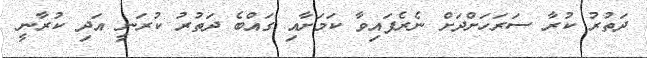
ދަތުރު ކުރާ ސަރަހަށްދަށް ނެރެފައިވާ ކަމަށާއި ގައްބެ ދަތުރު ކުރަނީ އަދި ކުރާނީ